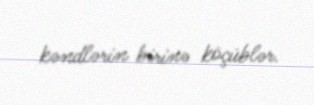
kəndlərin birinə köçüblər.